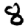
Digit: 8